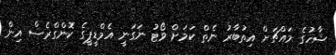
ޝާހުގެ މައްޗަށް އިތުބާރު ނެތް ކަމަށް ވޯޓު ނަގަނީ އެމްޑީޕީގެ ކޮންގްރެސް އިން